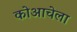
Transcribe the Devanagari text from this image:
कोआचेला